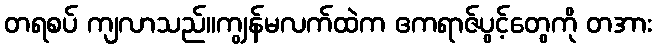
တရစပ် ကျလာသည်။ကျွန်မလက်ထဲက ဧကရာဇ်ပွင့်တွေကို တအား